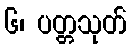
၆၊ ပတ္တသုတ်